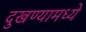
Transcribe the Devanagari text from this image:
दुखण्यामध्ये